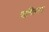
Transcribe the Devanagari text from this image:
वाचित्याय